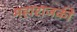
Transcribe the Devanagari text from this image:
महाराजकी